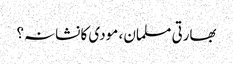
بھارتی مسلمان ، مودی کا نشانہ؟